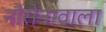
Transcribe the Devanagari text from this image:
नौसेनावाला